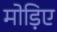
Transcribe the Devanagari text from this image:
मोड़िए